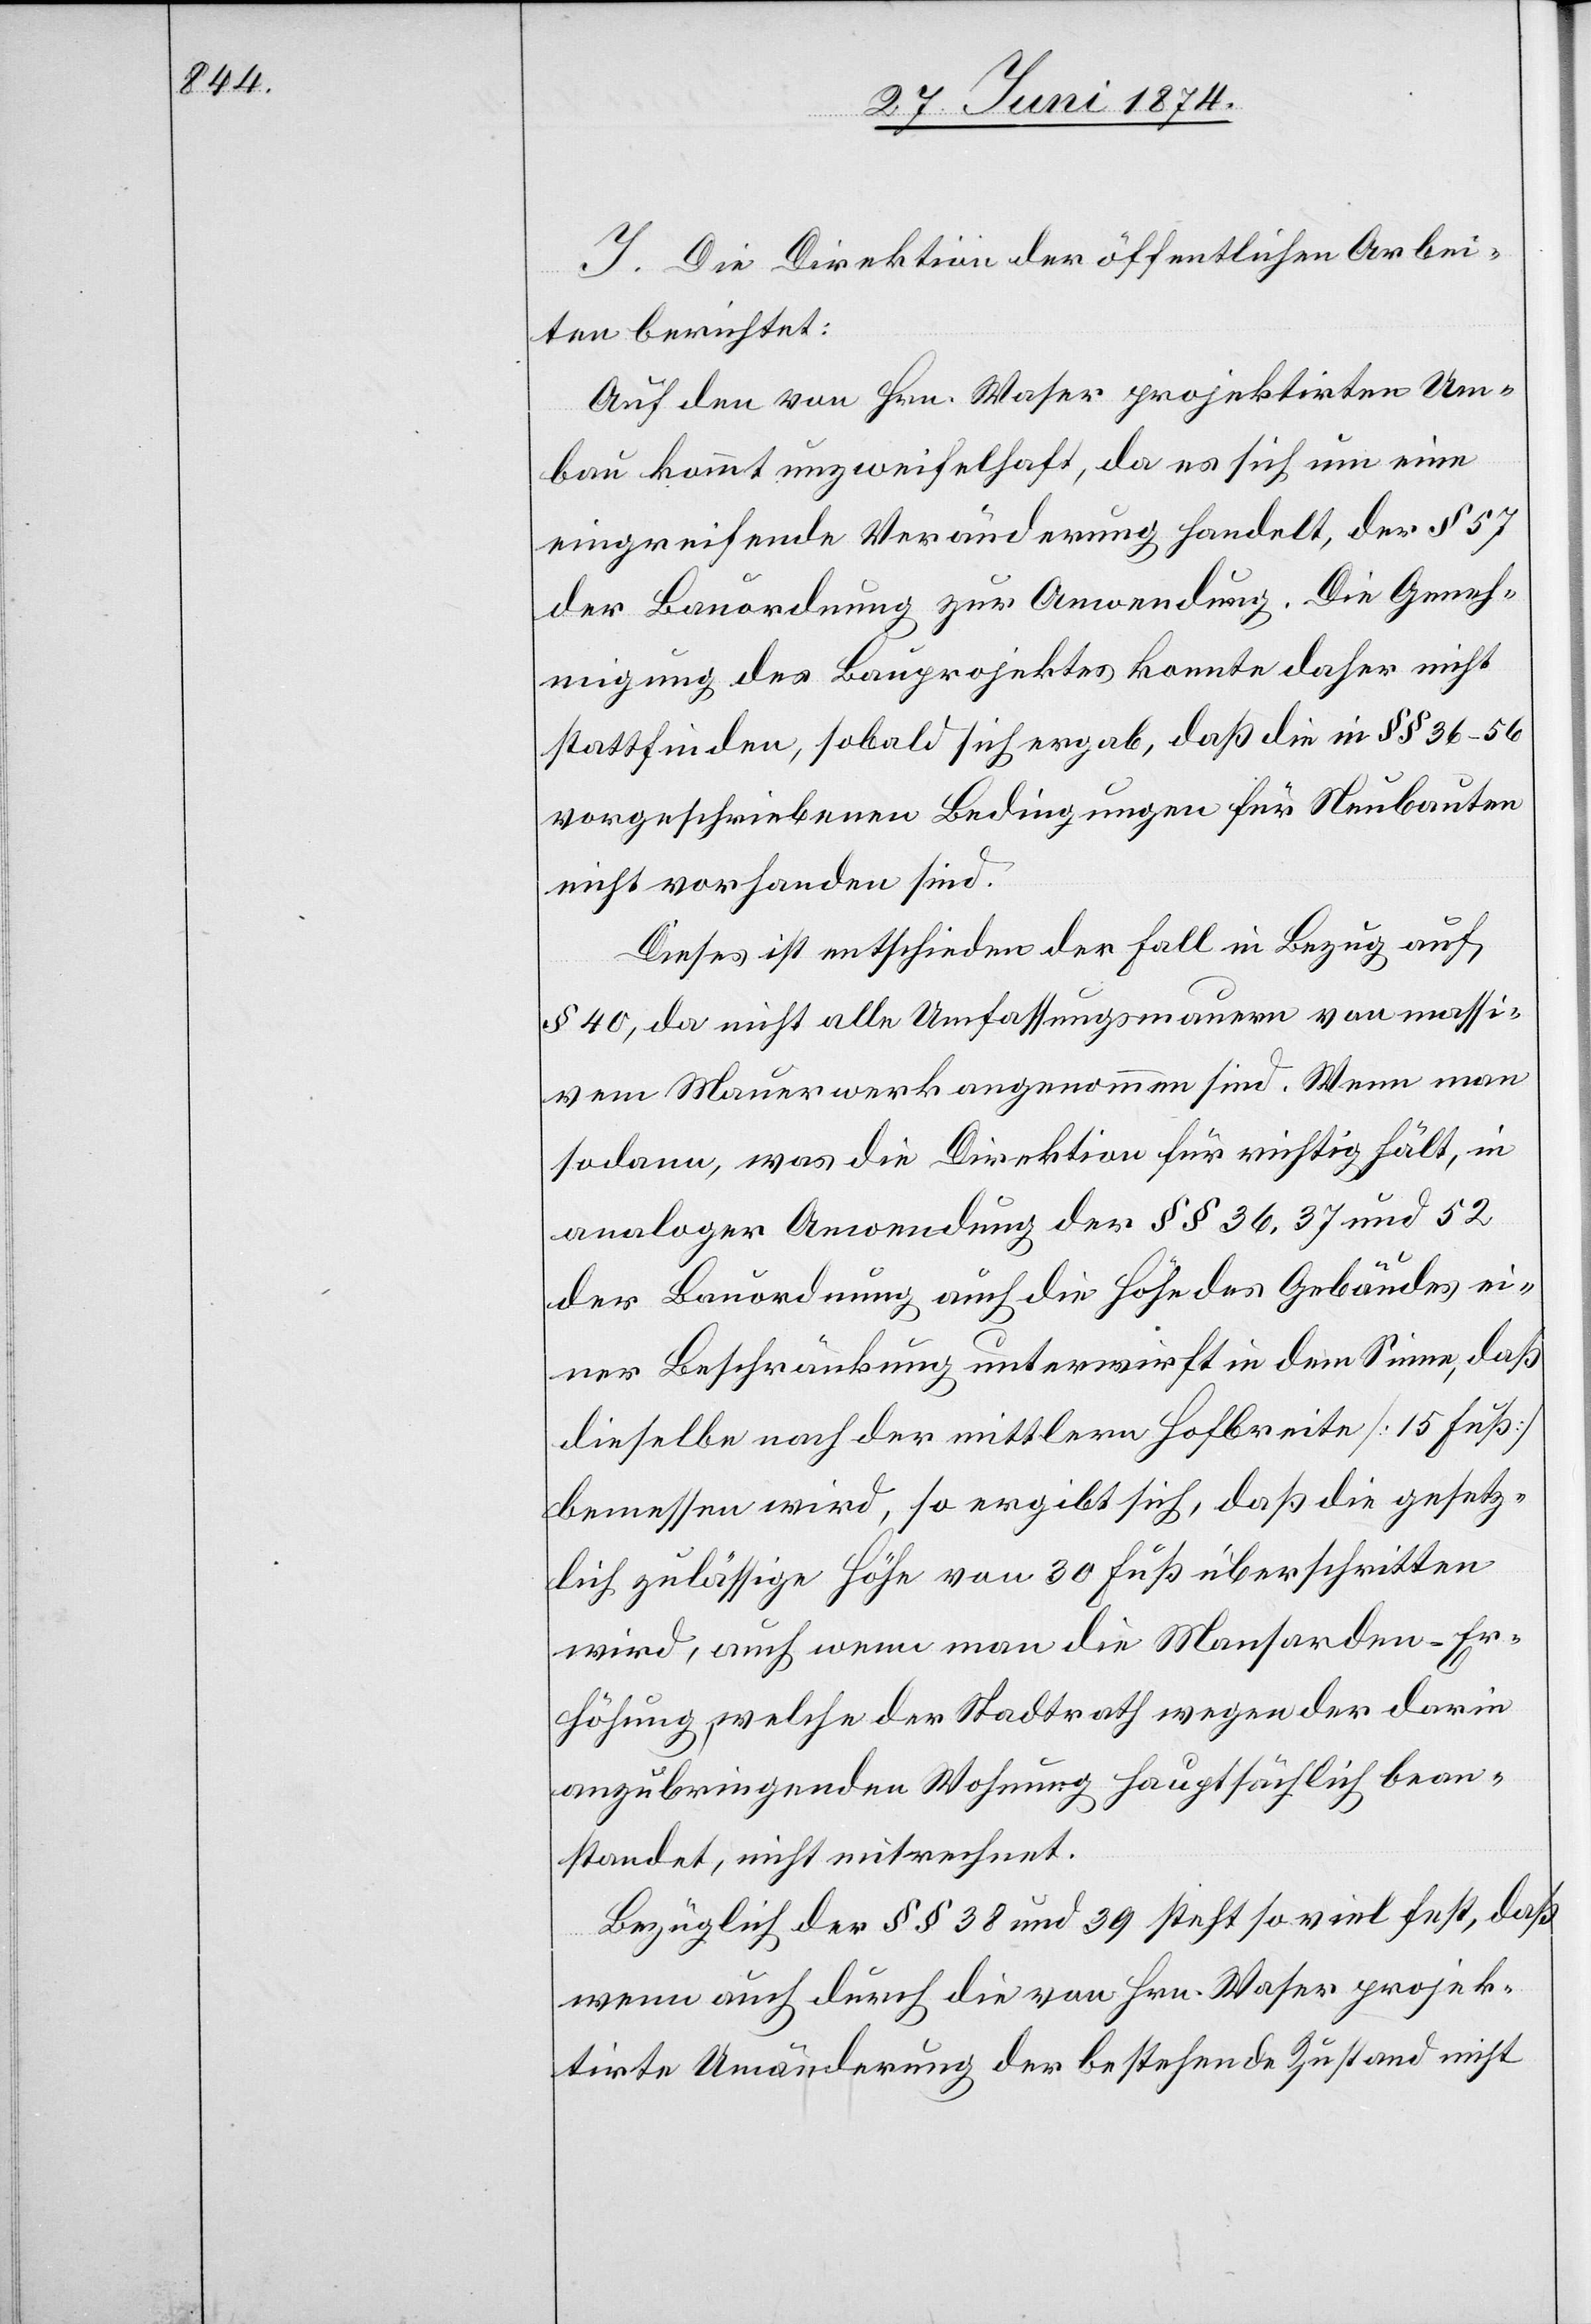
J. Die Direktion der öffentlichen Arbei¬
ten berichtet:
Auf den von Hrn. Waser projektirten Um¬
bau kommt unzweifelhaft, da es sich um eine
eingreifende Veränderung handelt, der § 57
der Bauordnung zur Anwendung. Die Geneh¬
migung des Bauprojektes konnte daher nicht
stattfinden, sobald sich ergab, daß die in §§ 36–65
vorgeschriebenen Bedingungen für Neubauten
nicht vorhanden sind.
Dieses ist entschieden der Fall in Bezug auf
§ 40, da nicht alle Umfassungsmauern von massi¬
vem Mauerwerk angenommen sind. Wenn man
sodann, was die Direktion für richtig hält, in
analoger Anwendung der §§ 36, 37 und 52
der Bauordnung auch die Höhe des Gebäudes ei¬
ner Beschränkung unterwirft in dem Sinne, daß
dieselbe nach der mittlern Hofbreite [15 Fuß]
bemessen wird, so ergibt sich, daß die gesetz¬
lich zulässige Höhe von 30 Fuß überschritten
wird, auch wenn man die Mansarden-Er¬
höhung, welche der Stadtrath wegen der darin
anzubringenden Wohnung hauptsächlich bean¬
standet, nicht mitrechnet.
Bezüglich der §§ 38 und 39 steht so viel fest, daß
wenn auch durch die von Hrn. Waser projek¬
tirte Umänderung der bestehende Zustand nicht